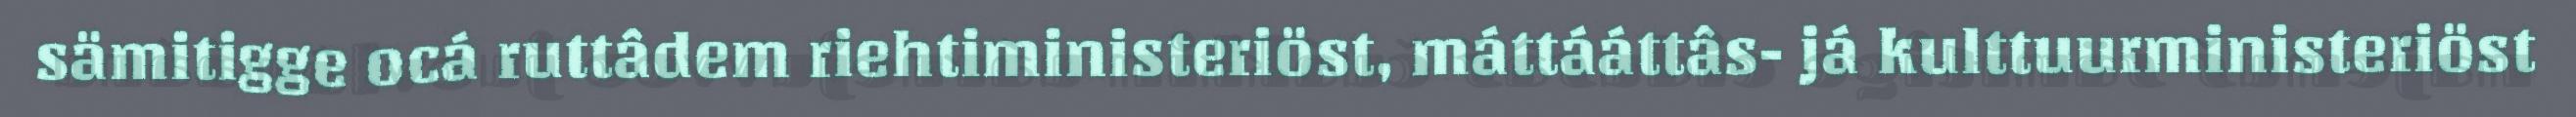
sämitigge ocá ruttâdem riehtiministeriöst, máttááttâs- já kulttuurministeriöst